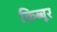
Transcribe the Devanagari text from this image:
किब्बूर